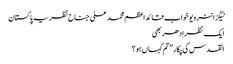
ٹیگزانٹرویو خواب قائداعظم محمد علی جناح نظریہ پاکستان
ایک نظر اِدھر بھی
القدس کی پکار ’’تم کہاں ہو؟